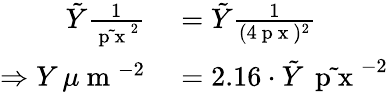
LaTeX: \begin{array}{rl}{\tilde{Y}\frac{1}{\tilde{\mathrm{~p~x~}}^{2}}}&{{}=\tilde{Y}\frac{1}{(4\mathrm{~p~x~})^{2}}}\\ {\Rightarrow Y\, \mu\mathrm{~m~}^{-2}}&{{}=2.16\cdot\tilde{Y}\, \tilde{\mathrm{~p~x~}}^{-2}}\end{array}